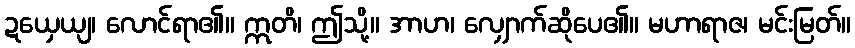
ဍယှေယျ၊ လောင်ရာ၏။ ဣတိ၊ ဤသို့။ အာဟ၊ လျှောက်ဆိုပေ၏။ မဟာရာဇ၊ မင်းမြတ်။